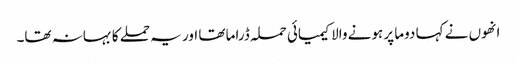
انھوں نے کہا دوما پر ہونے والا کیمیائی حملہ ڈراما تھا اور یہ حملے کا بہانہ تھا۔